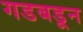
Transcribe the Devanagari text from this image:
गडबडून